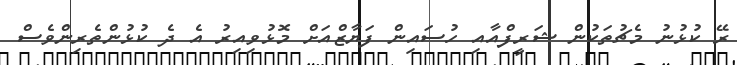
ރޭ ކުޅުނު މެޗުތަކުން ޝަރީފްއާއި ހުސައިން ފަޔާޒްއަށް މޮޅުވިއިރު އެ ދެ ކުޅުންތެރިންވެސް